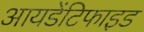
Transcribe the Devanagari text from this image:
आयडेंटिफाइड